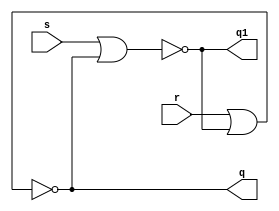
module latchSR (q, q1, s, r);

	input s, r;
	output q, q1;
	
	nor (q1, s, q);
	nor (q, r, q1);
	
endmodule// latch SR

module test;

	reg a, b;
	wire q, q1;
	
	latchSR L1 (q, q1, a, b);
	
	initial
	begin
		
		$display ("Exercicio 1");
		$display ("Teste de Latch SR");
		$display ("");
		$display ("a b q ~q");
		a=0; b=0;
		$monitor ("%b %b %b %b", a, b, q, q1);
		#1 a=0; b=1;
		#1 a=1; b=0;
		#1 a=1; b=1;
		
	end
endmodule// test